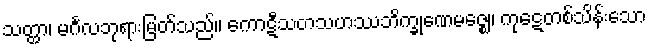
သတ္ထာ၊ မင်္ဂလဘုရားမြတ်သည်။ ကောဋီသတသဟဿဘိက္ခုဏေမဇ္ဈေ၊ ကုဋေတစ်သိန်းသော